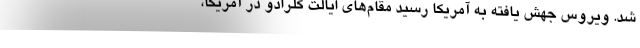
شد. ویروس جهش یافته به آمریکا رسید مقام‌های ایالت کلرادو در آمریکا،